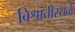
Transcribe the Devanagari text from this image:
विश्रांतीस्थळे